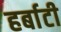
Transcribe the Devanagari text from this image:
हर्बाटी